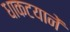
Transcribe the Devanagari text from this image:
धाकटयानें